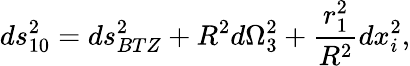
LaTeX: ds_{10}^{2}=ds_{BTZ}^{2}+R^{2}d\Omega_{3}^{2}+{\frac{r_{1}^{2}}{R^{2}}}dx_{i}^{2},